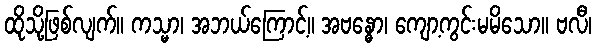
ထိုသို့ဖြစ်လျက်။ ကသ္မာ၊ အဘယ်ကြောင့်။ အဗန္ဓော၊ ကျော့ကွင်းမမိသော။ ဗလီ၊